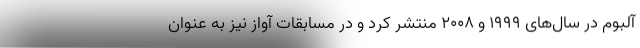
آلبوم در سال‌های ۱۹۹۹ و ۲۰۰۸ منتشر کرد و در مسابقات آواز نیز به عنوان